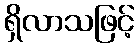
ရှိလာသဖြင့်